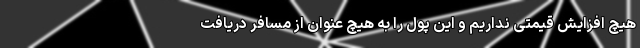
هیچ افزایش قیمتی نداریم و این پول را به هیچ عنوان از مسافر دریافت